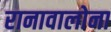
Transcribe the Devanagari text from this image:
रानावालोना